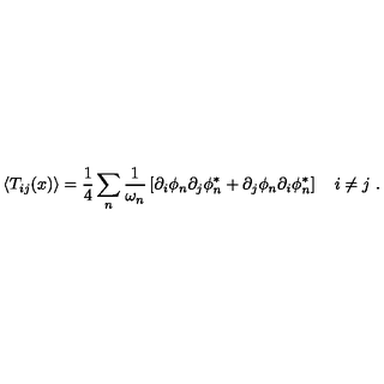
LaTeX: \left\langle T _ { i j } ( x ) \right\rangle = \frac { 1 } { 4 } \sum _ { n } \frac { 1 } { \omega _ { n } } \left[ \partial _ { i } \phi _ { n } \partial _ { j } \phi _ { n } ^ { * } + \partial _ { j } \phi _ { n } \partial _ { i } \phi _ { n } ^ { * } \right] \quad i \neq j \ .